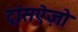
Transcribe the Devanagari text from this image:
ट्रांसऐज़ो